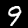
Label: 9